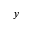
y